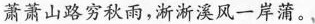
萧萧山路穷秋雨，淅淅溪风一岸蒲。